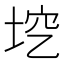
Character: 𡋉